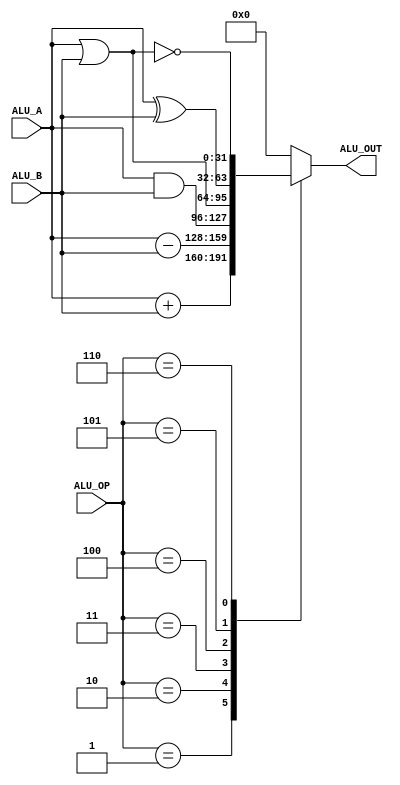
`timescale 1ns / 1ps
//////////////////////////////////////////////////////////////////////////////////
// Company: 
// Engineer: 
// 
// Design Name: 
// Module Name:    ALU4 
// Project Name: 
// Target Devices: 
// Tool versions: 
// Description: 
//
// Dependencies: 
//
// Revision: 
// Revision 0.01 - File Created
// Additional Comments: 
//
//////////////////////////////////////////////////////////////////////////////////
module ALU4(
input	signed	[31:0]	ALU_A,	//A
input	signed	[31:0]	ALU_B,	//B
input				[4:0]		ALU_OP,	//
output reg		[31:0]	ALU_OUT	//
    );

parameter	A_NOP = 5'h00;			//
parameter	A_ADD	= 5'h01;			//
parameter	A_SUB = 5'h02;			//
parameter	A_AND	= 5'h03;			//
parameter	A_OR	= 5'h04;			//
parameter	A_XOR = 5'h05;			//
parameter	A_NOR	= 5'h06;			//


always@(*)
begin
	case(ALU_OP)
		A_NOP:	ALU_OUT = 32'h0;
		A_ADD:	ALU_OUT = ALU_A + ALU_B;
		A_SUB:	ALU_OUT = ALU_A - ALU_B;
		A_AND:	ALU_OUT = ALU_A & ALU_B;
		A_OR:		ALU_OUT = ALU_A | ALU_B;
		A_XOR:	ALU_OUT = ALU_A ^ ALU_B;
		A_NOR:	ALU_OUT = ~(ALU_A | ALU_B);
		default: ALU_OUT = 32'h0;
	endcase
end

endmodule